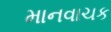
માનવાચક